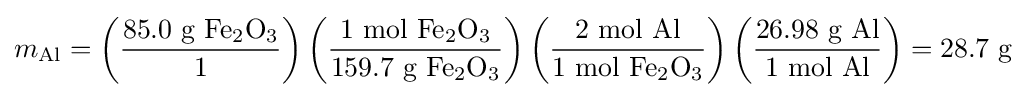
m_{\mathrm {Al} }=\left({\frac {85.0{\mbox{ g }}\mathrm {Fe_{2}O_{3}} }{1}}\right)\left({\frac {1{\mbox{ mol }}\mathrm {Fe_{2}O_{3}} }{159.7{\mbox{ g }}\mathrm {Fe_{2}O_{3}} }}\right)\left({\frac {2{\mbox{ mol Al}}}{1{\mbox{ mol }}\mathrm {Fe_{2}O_{3}} }}\right)\left({\frac {26.98{\mbox{ g Al}}}{1{\mbox{ mol Al}}}}\right)=28.7{\mbox{ g}}